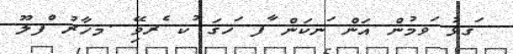
ަގޅު ަވމުން އަން ަނކަން ާފ ަހގަ ުކ ެރވޭި .މހާރު ްފލޫ